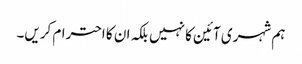
ہم شہری آئین کا نہیں بلکہ ان کا احترام کریں۔